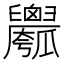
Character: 𱰇